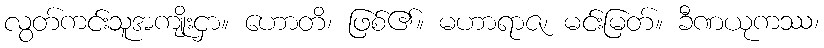
လွတ်ကင်းသူအကျိုးငှာ။ ဟောတိ၊ ဖြစ်၏။ မဟာရာဇ၊ မင်းမြတ်။ ခီဏယုကဿ၊